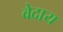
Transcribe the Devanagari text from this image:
वेदाय